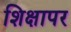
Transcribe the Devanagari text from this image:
शिक्षापर